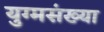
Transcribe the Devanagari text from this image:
युग्मसंख्या